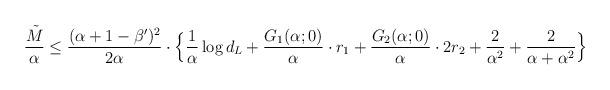
LaTeX: \begin{align*}\begin{aligned}\frac{\tilde{M}}{\alpha} & \leq \frac{(\alpha+1-\beta')^{2}}{2\alpha} \cdot \Big\{\frac{1}{\alpha} \log d_L + \frac{G_1(\alpha; 0)}{\alpha} \cdot r_1 + \frac{G_2(\alpha; 0)}{\alpha} \cdot 2r_2 + \frac{2}{\alpha^2} + \frac{2}{\alpha+\alpha^2} \Big\}\end{aligned}\end{align*}